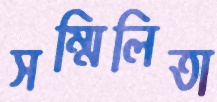
সম্মিলিতা